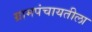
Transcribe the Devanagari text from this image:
ग्रामपंचायतीला